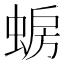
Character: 𫋈